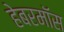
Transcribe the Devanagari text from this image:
हेबरमॉस